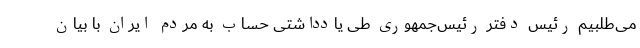
می‌طلبیم رئیس دفتر رئیس‌جمهوری طی یادداشتی حساب به مردم ایران با بیان